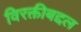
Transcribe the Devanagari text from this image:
विरक्तीबद्दल